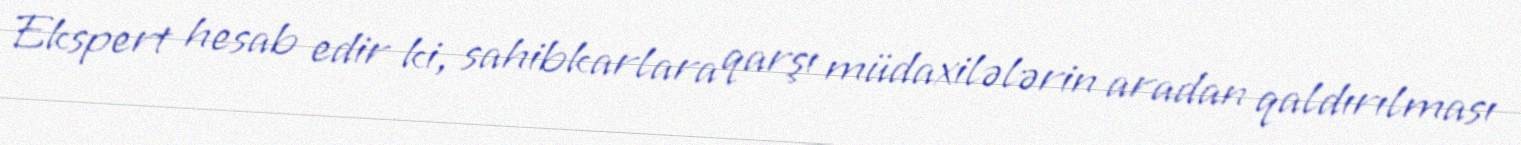
Ekspert hesab edir ki, sahibkarlara qarşı müdaxilələrin aradan qaldırılması